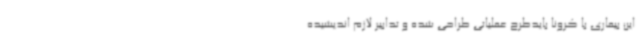
این بیماری با کرونا بایدطرح عملیاتی طراحی شده و تدابیر لازم اندیشیده